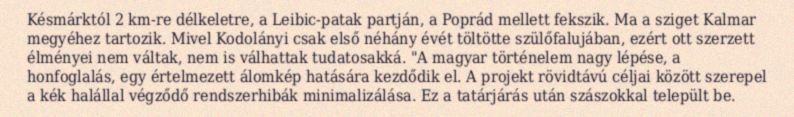
Késmárktól 2 km-re délkeletre, a Leibic-patak partján, a Poprád mellett fekszik. Ma a sziget Kalmar megyéhez tartozik. Mivel Kodolányi csak első néhány évét töltötte szülőfalujában, ezért ott szerzett élményei nem váltak, nem is válhattak tudatosakká. "A magyar történelem nagy lépése, a honfoglalás, egy értelmezett álomkép hatására kezdődik el. A projekt rövidtávú céljai között szerepel a kék halállal végződő rendszerhibák minimalizálása. Ez a tatárjárás után szászokkal települt be.